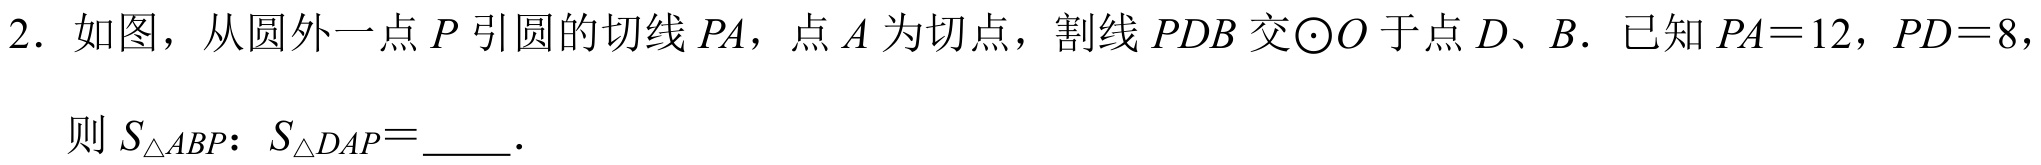
2. 如图，从圆外一点 \(P\) 引圆的切线 \(PA\)，点 \(A\) 为切点，割线 \(PDB\) 交\(\odot O\) 于点 \(D、B\)．已知 \(PA = 12\)，\(PD = 8\)，

则 \(S_{\triangle ABP}: S_{\triangle DAP}=\underline{\quad\quad}\)．